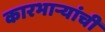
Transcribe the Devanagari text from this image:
कारभार्‍यांची